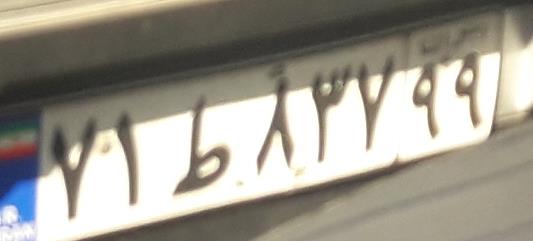
۷۱ط۸۳۷۹۹